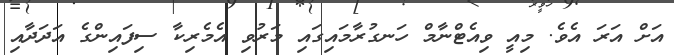
އަށް އަރަ އެވެ. މިއީ ވިއެޓްނާމް ހަނގުރާމައިގައި މަރުވި އެމެރިކާ ސިފައިންގެ އަދަދާއި